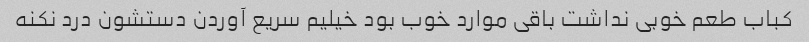
کباب طعم خوبی نداشت باقی موارد خوب بود خیلیم سریع آوردن دستشون درد نکنه